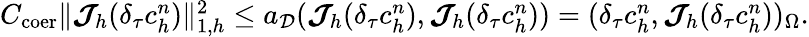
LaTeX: \begin{array}{r}{C_{\mathrm{coer}}\| \boldsymbol{\mathcal{J}}_{h}(\delta_{\tau}c_{h}^{n})\| _{1,h}^{2}\leq a_{\mathcal{D}}(\boldsymbol{\mathcal{J}}_{h}(\delta_{\tau}c_{h}^{n}),\boldsymbol{\mathcal{J}}_{h}(\delta_{\tau}c_{h}^{n}))=(\delta_{\tau}c_{h}^{n},\boldsymbol{\mathcal{J}}_{h}(\delta_{\tau}c_{h}^{n}))_{\Omega}.}\end{array}